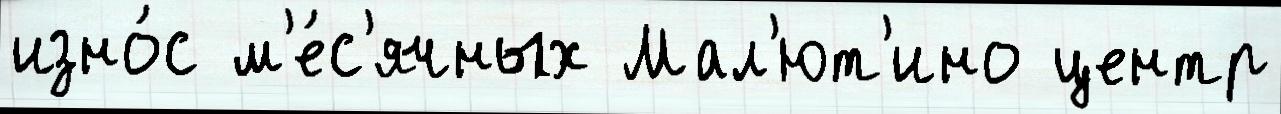
изно́с м'е́с'ячных Мал'ют'ино центр